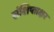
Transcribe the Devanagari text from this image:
संशिप्ताक्षर